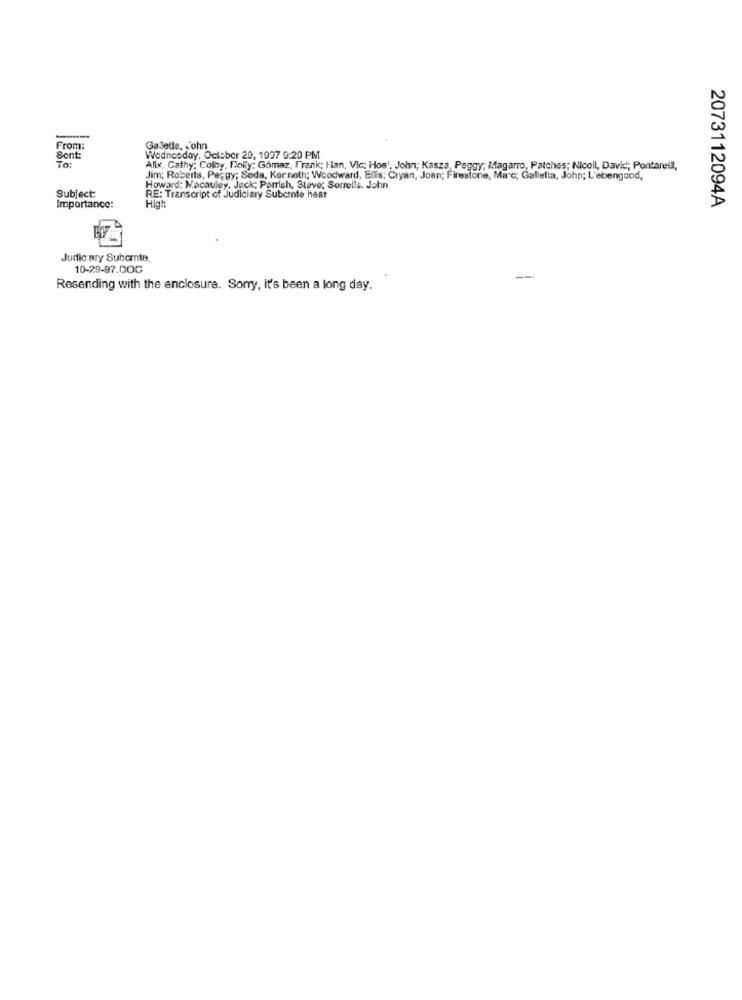
From:
Gallette, 'ohn
Sent:
Wednesday, October 20, 1997 9:20 PM
To:
Alix, Cathy; Colby, Dolly; Gomez, Frank; Han, Vic; Hos', John; Kasza, Peggy; Magarro, Patches; Nicoll, David; Pontarelli,
Jim; Roberts, Peggy; Soda, Ker neth; Woodward, Ellis; Cryan, Joan; Firestone, Ma"c; Galletta, John; L'ebengood,
Subject:
Howard: Macauley, Jack; Parrish, Steve; Sorrells. John
RE: Transcript of Judiciary Subcmte hear
High
2073112094A
Importance:
Judic ary Subemte
10-29-97.000
Resending with the enclosure. Sorry, it's been a long day.